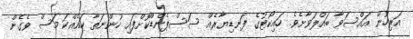
އަރިހުން އައްސަވާ ބައްލަވާށެވެ. ހައިކޯޓުގެ ފަނޑިޔާރެއް ސަސްޕެންޑްކޮށްފައި ހުންނަތާ ހައެއްކަ މަސް ވެގެން